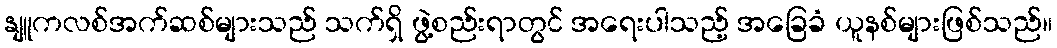
နျူကလစ်အက်ဆစ်များသည် သက်ရှိ ဖွဲ့စည်းရာတွင် အရေးပါသည့် အခြေခံ ယူနစ်များဖြစ်သည်။